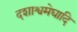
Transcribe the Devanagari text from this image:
दशाश्वमेघादि